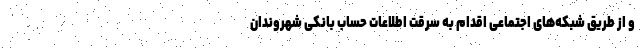
و از طریق شبکه‌های اجتماعی اقدام به سرقت اطلاعات حساب بانکی شهروندان